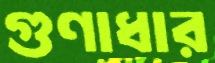
গুণাধার